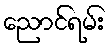
ညောင်ရမ်း